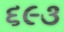
૬૯૩